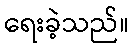
ရေးခဲ့သည်။